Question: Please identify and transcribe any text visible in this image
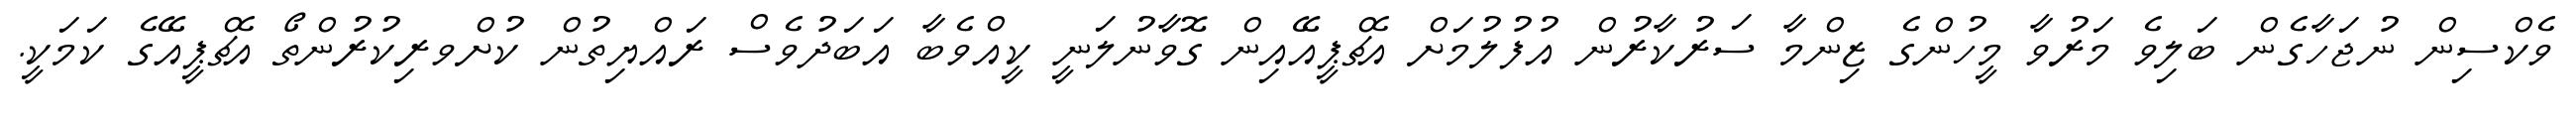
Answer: ވެކްސިން ނުޖަހާގެން ބަލިވެ މަރުވާ މީހުންގެ ޒިންމާ ސަރުކާރުން އުފުލުމަށް އެޗްޕީއޭއިން ގޮވާނުލަނީ ކީއްވެބާ އަބަދުވެސް ރައްޔިތުން ކުށްވރިކުރުންތޯ އެޗްޕީއޭގެ ކަމަކީ.